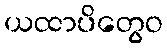
ယထာပိတွေဝ